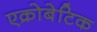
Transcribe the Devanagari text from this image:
एक्रोबेटिक